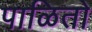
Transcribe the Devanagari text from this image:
पाळितो